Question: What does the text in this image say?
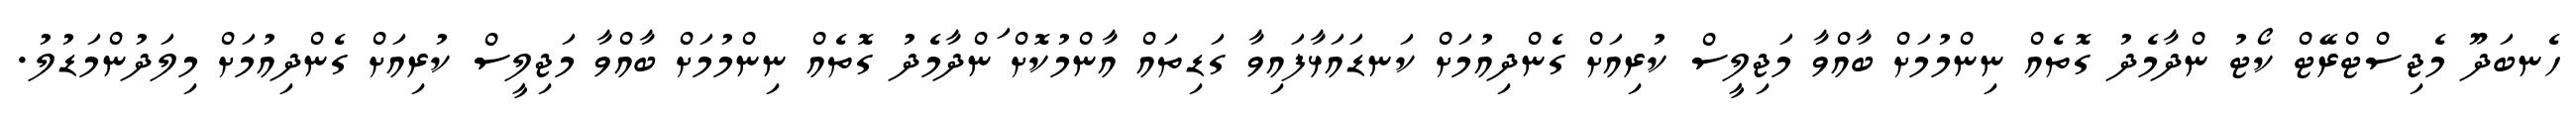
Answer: ހެނބަދޫ މެޖިސްޓްރޭޓް ކޯޓު ންދާމެދު ގޮތެއް ނިންމުމަށް ބާއްވާ މަޖިލީސް ކުރިއަށް ގެންދިއުމަށް ކަނޑައަޅާފައިވާ ގަޑިތައް އާންމުކޮށް ަންދާމެދު ގޮތެއް ނިންމުމަށް ބާއްވާ މަޖިލީސް ކުރިއަށް ގެންދިއުމަށް މިލަދުންމަޑުލު.